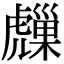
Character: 𧈈